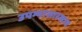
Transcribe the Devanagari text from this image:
उपम्यासारखाच